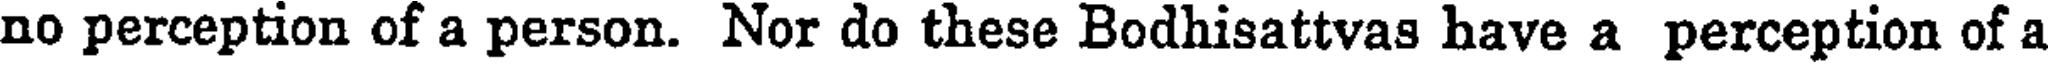
no perception of a person. Nor do these Bodhisattvas have a perception of a